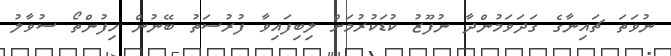
ނުވަތަ ޗައިނާގެ ގަދަވަމުންދާ ނުފޫޒު ކުޑަކުރުމަށް ލިބިފައިވާ ފުރުސަތު ބޭނުން ހިފުންތޯ ސުވާލު